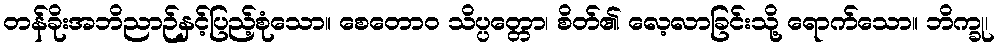
တန်ခိုးအဘိညာဉ်နှင့်ပြည့်စုံသော။ စေတောဝ သိပ္ပတ္တော၊ စိတ်၏ လေ့လာခြင်းသို့ ရောက်သော။ ဘိက္ခု၊